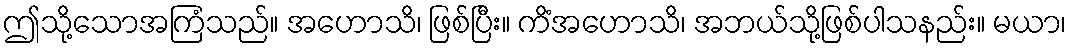
ဤသို့သောအကြံသည်။ အဟောသိ၊ ဖြစ်ပြီး။ ကိံအဟောသိ၊ အဘယ်သို့ဖြစ်ပါသနည်း။ မယာ၊